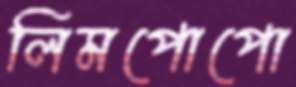
লিমপোপো